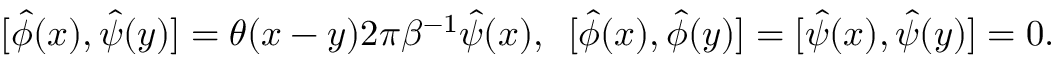
[ \hat { \phi } ( x ) , \hat { \psi } ( y ) ] = \theta ( x - y ) 2 \pi \beta ^ { - 1 } \hat { \psi } ( x ) , \enspace [ \hat { \phi } ( x ) , \hat { \phi } ( y ) ] = [ \hat { \psi } ( x ) , \hat { \psi } ( y ) ] = 0 .